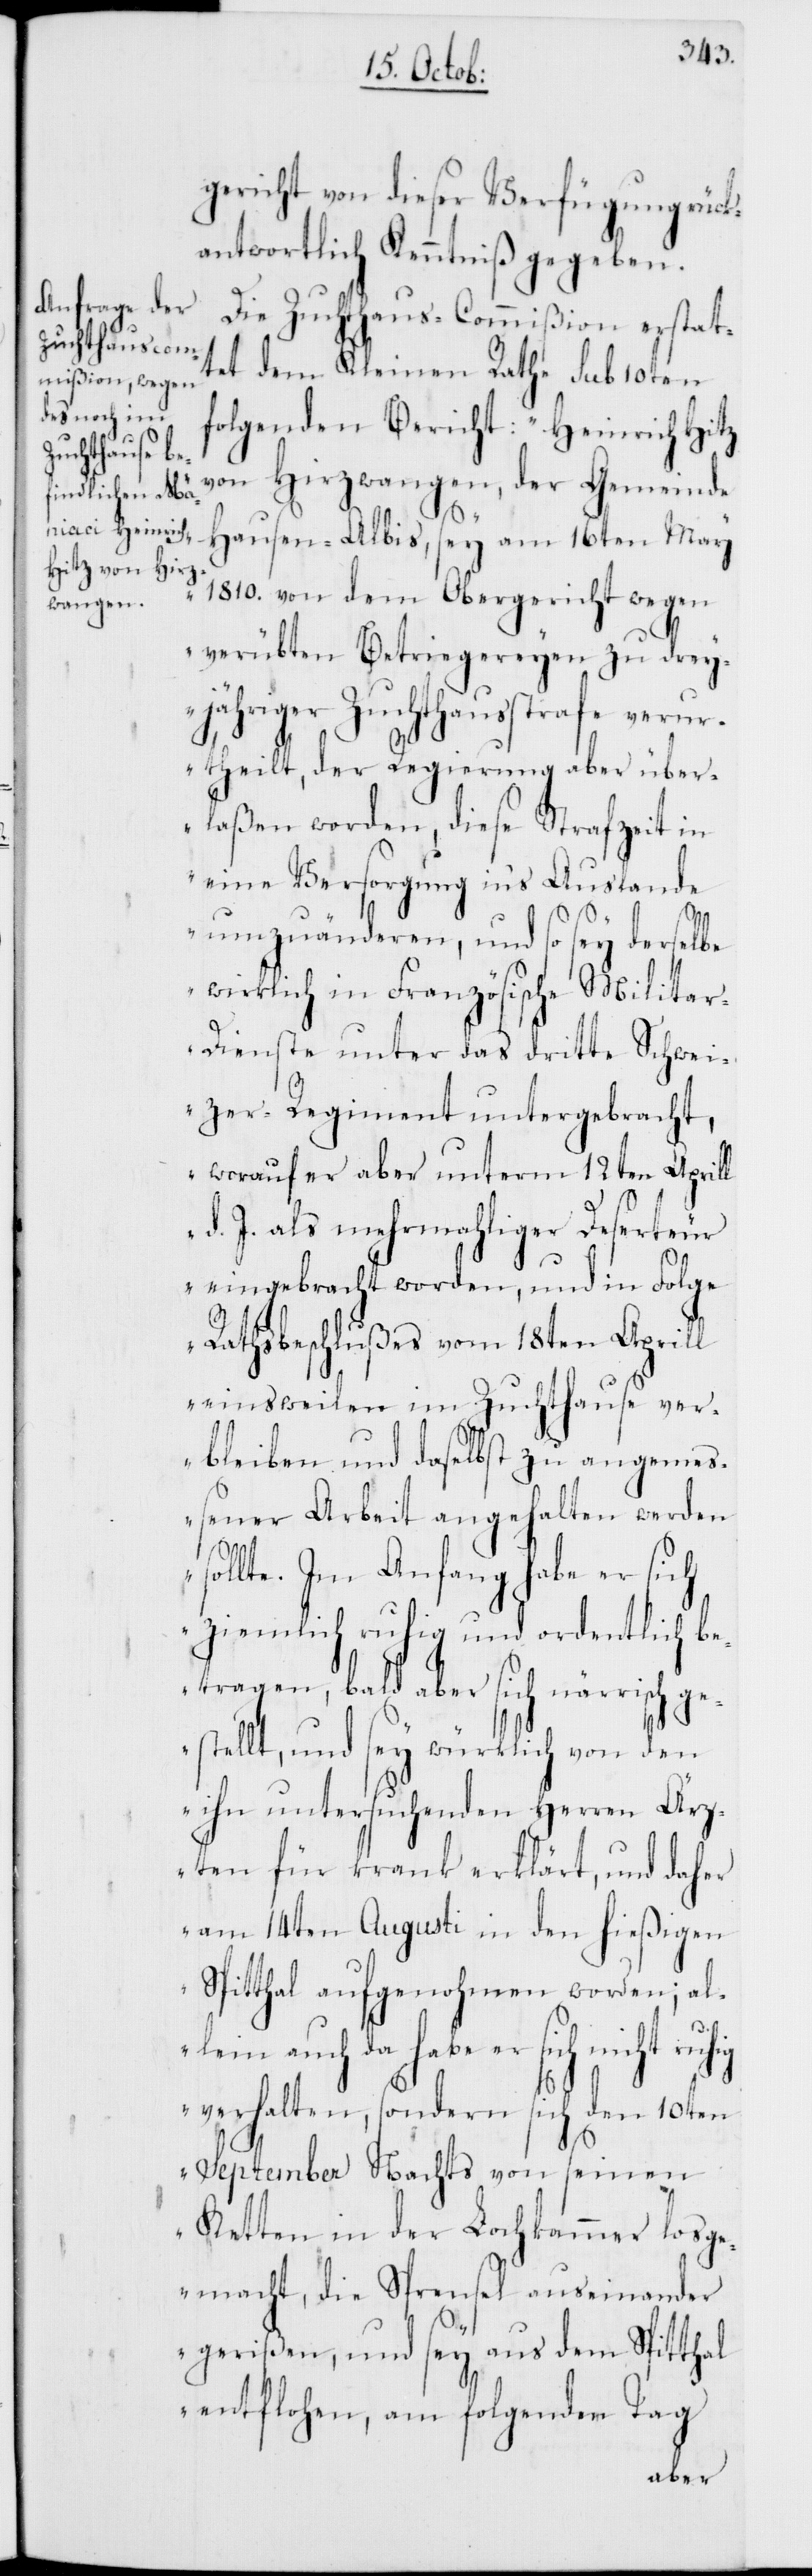
gericht von dieser Verfügung rück¬
antwortlich Kenntniß gegeben.
Die Zuchthaus-Commißion erstat¬
tet dem Kleinen Rathe sub 10ten
folgenden Bericht: „Heinrich Hitz
von Hirzwangen, der Gemeinde
Hausen-Albis, sey am 16ten May
1810. von dem Obergericht wegen
verübten Betriegereyen zu drey¬
jähriger Zuchthausstrafe verur¬
theilt, der Regierung aber über¬
laßen worden, diese Strafzeit in
eine Versorgung ins Auslande
umzuänderen, und so sey derselbe
wirklich in Französische Militar¬
dienste unter das dritte Schwei¬
zer-Regiment untergebracht,
worauf er aber unterm 12ten Aprill
d. J. als mehrmahliger Deserteur
eingebracht worden, und in Folge
Rathsbeschlußes vom 18ten Aprill
einstweilen im Zuchthause ver¬
bleiben und daselbst zu angemeß¬
ener Arbeit angehalten werden
sollte. Im Anfang habe er sich
ziemlich ruhig und ordentlich be¬
tragen, bald aber sich närrisch ge¬
stellt, und sey würklich von den
ihn untersuchenden Herren Ärz¬
ten für krank erklärt, und daher
am 14ten Augusti in den hießigen
Spitthal aufgenohmen worden; al¬
lein auch da habe er sich nicht
verhalten, sondern sich den 10ten
September Nachts von seinen
Ketten in der Lochkammer losge¬
macht, die Sprensel auseinander
gerißen, und sey aus dem Spitthal
entflohen, am folgenden Tag